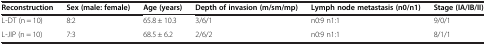
<table><thead><tr><td><b>Reconstruction</b></td><td><b>Sex (male: female)</b></td><td><b>Age (years)</b></td><td><b>Depth of invasion (m/sm/mp)</b></td><td><b>Lymph node metastasis (n0/n1)</b></td><td><b>Stage (IA/IB/II)</b></td></tr></thead><tbody><tr><td>L-DT (n = 10)</td><td>8:2</td><td>65.8 ± 10.3</td><td>3/6/1</td><td>n0:9 n1:1</td><td>9/0/1</td></tr><tr><td>L-JIP (n = 10)</td><td>7:3</td><td>68.5 ± 6.2</td><td>2/6/2</td><td>n0:9 n1:1</td><td>8/1/1</td></tr></tbody></table>